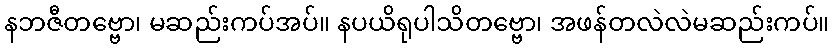
နဘဇီတဗ္ဗော၊ မဆည်းကပ်အပ်။ နပယိရုပါသိတဗ္ဗော၊ အဖန်တလဲလဲမဆည်းကပ်။